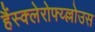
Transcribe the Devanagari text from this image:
हैंस्क्लेरोफ्य्ल्लोउस